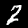
Label: 2